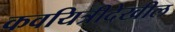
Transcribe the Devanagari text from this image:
कवयित्रीदेखील